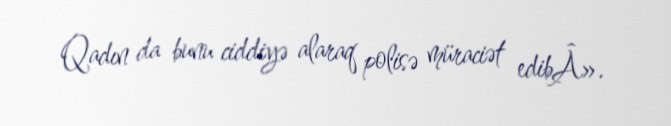
Qadın da bunu ciddiyə alaraq polisə müraciət edibÂ».